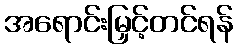
အရောင်းမြှင့်တင်ရန်